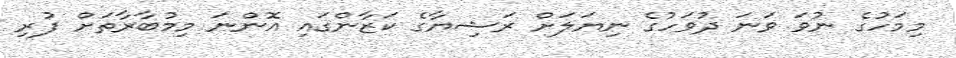
މިމަހުގެ ނުވަ ވަނަ ދުވަހުގެ ނިޔަލަށް ރަޝިޔާގެ ކަޒާންގައި އޮންނަ މިމުބާރާތަށް ފުރި